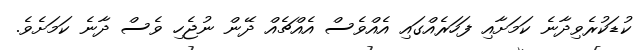
ކުޑަކުރެވިދާނެ ކަމަށާއި ފަހަރެއްގައި އެއްވެސް އެއްޗެއް ދޭން ނުޖެހި ވެސް ދާނެ ކަމަށެވެ.